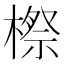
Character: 𣘤